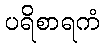
ပရိစာရကံ